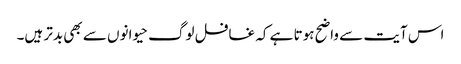
اس آیت سے واضح ہوتا ہے کہ غافل لوگ حیوانوں سے بھی بدتر ہیں۔